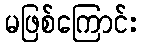
မဖြစ်ကြောင်း